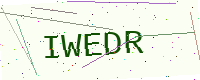
Text: IWEDR